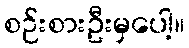
စဉ်းစားဦးမှပေါ့။